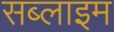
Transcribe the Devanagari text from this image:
सब्लाइम